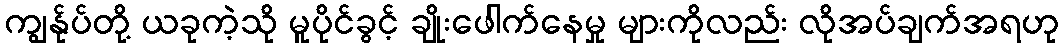
ကျွန်ုပ်တို့ ယခုကဲ့သို မူပိုင်ခွင့် ချိုးဖေါက်နေမှု များကိုလည်း လိုအပ်ချက်အရဟု